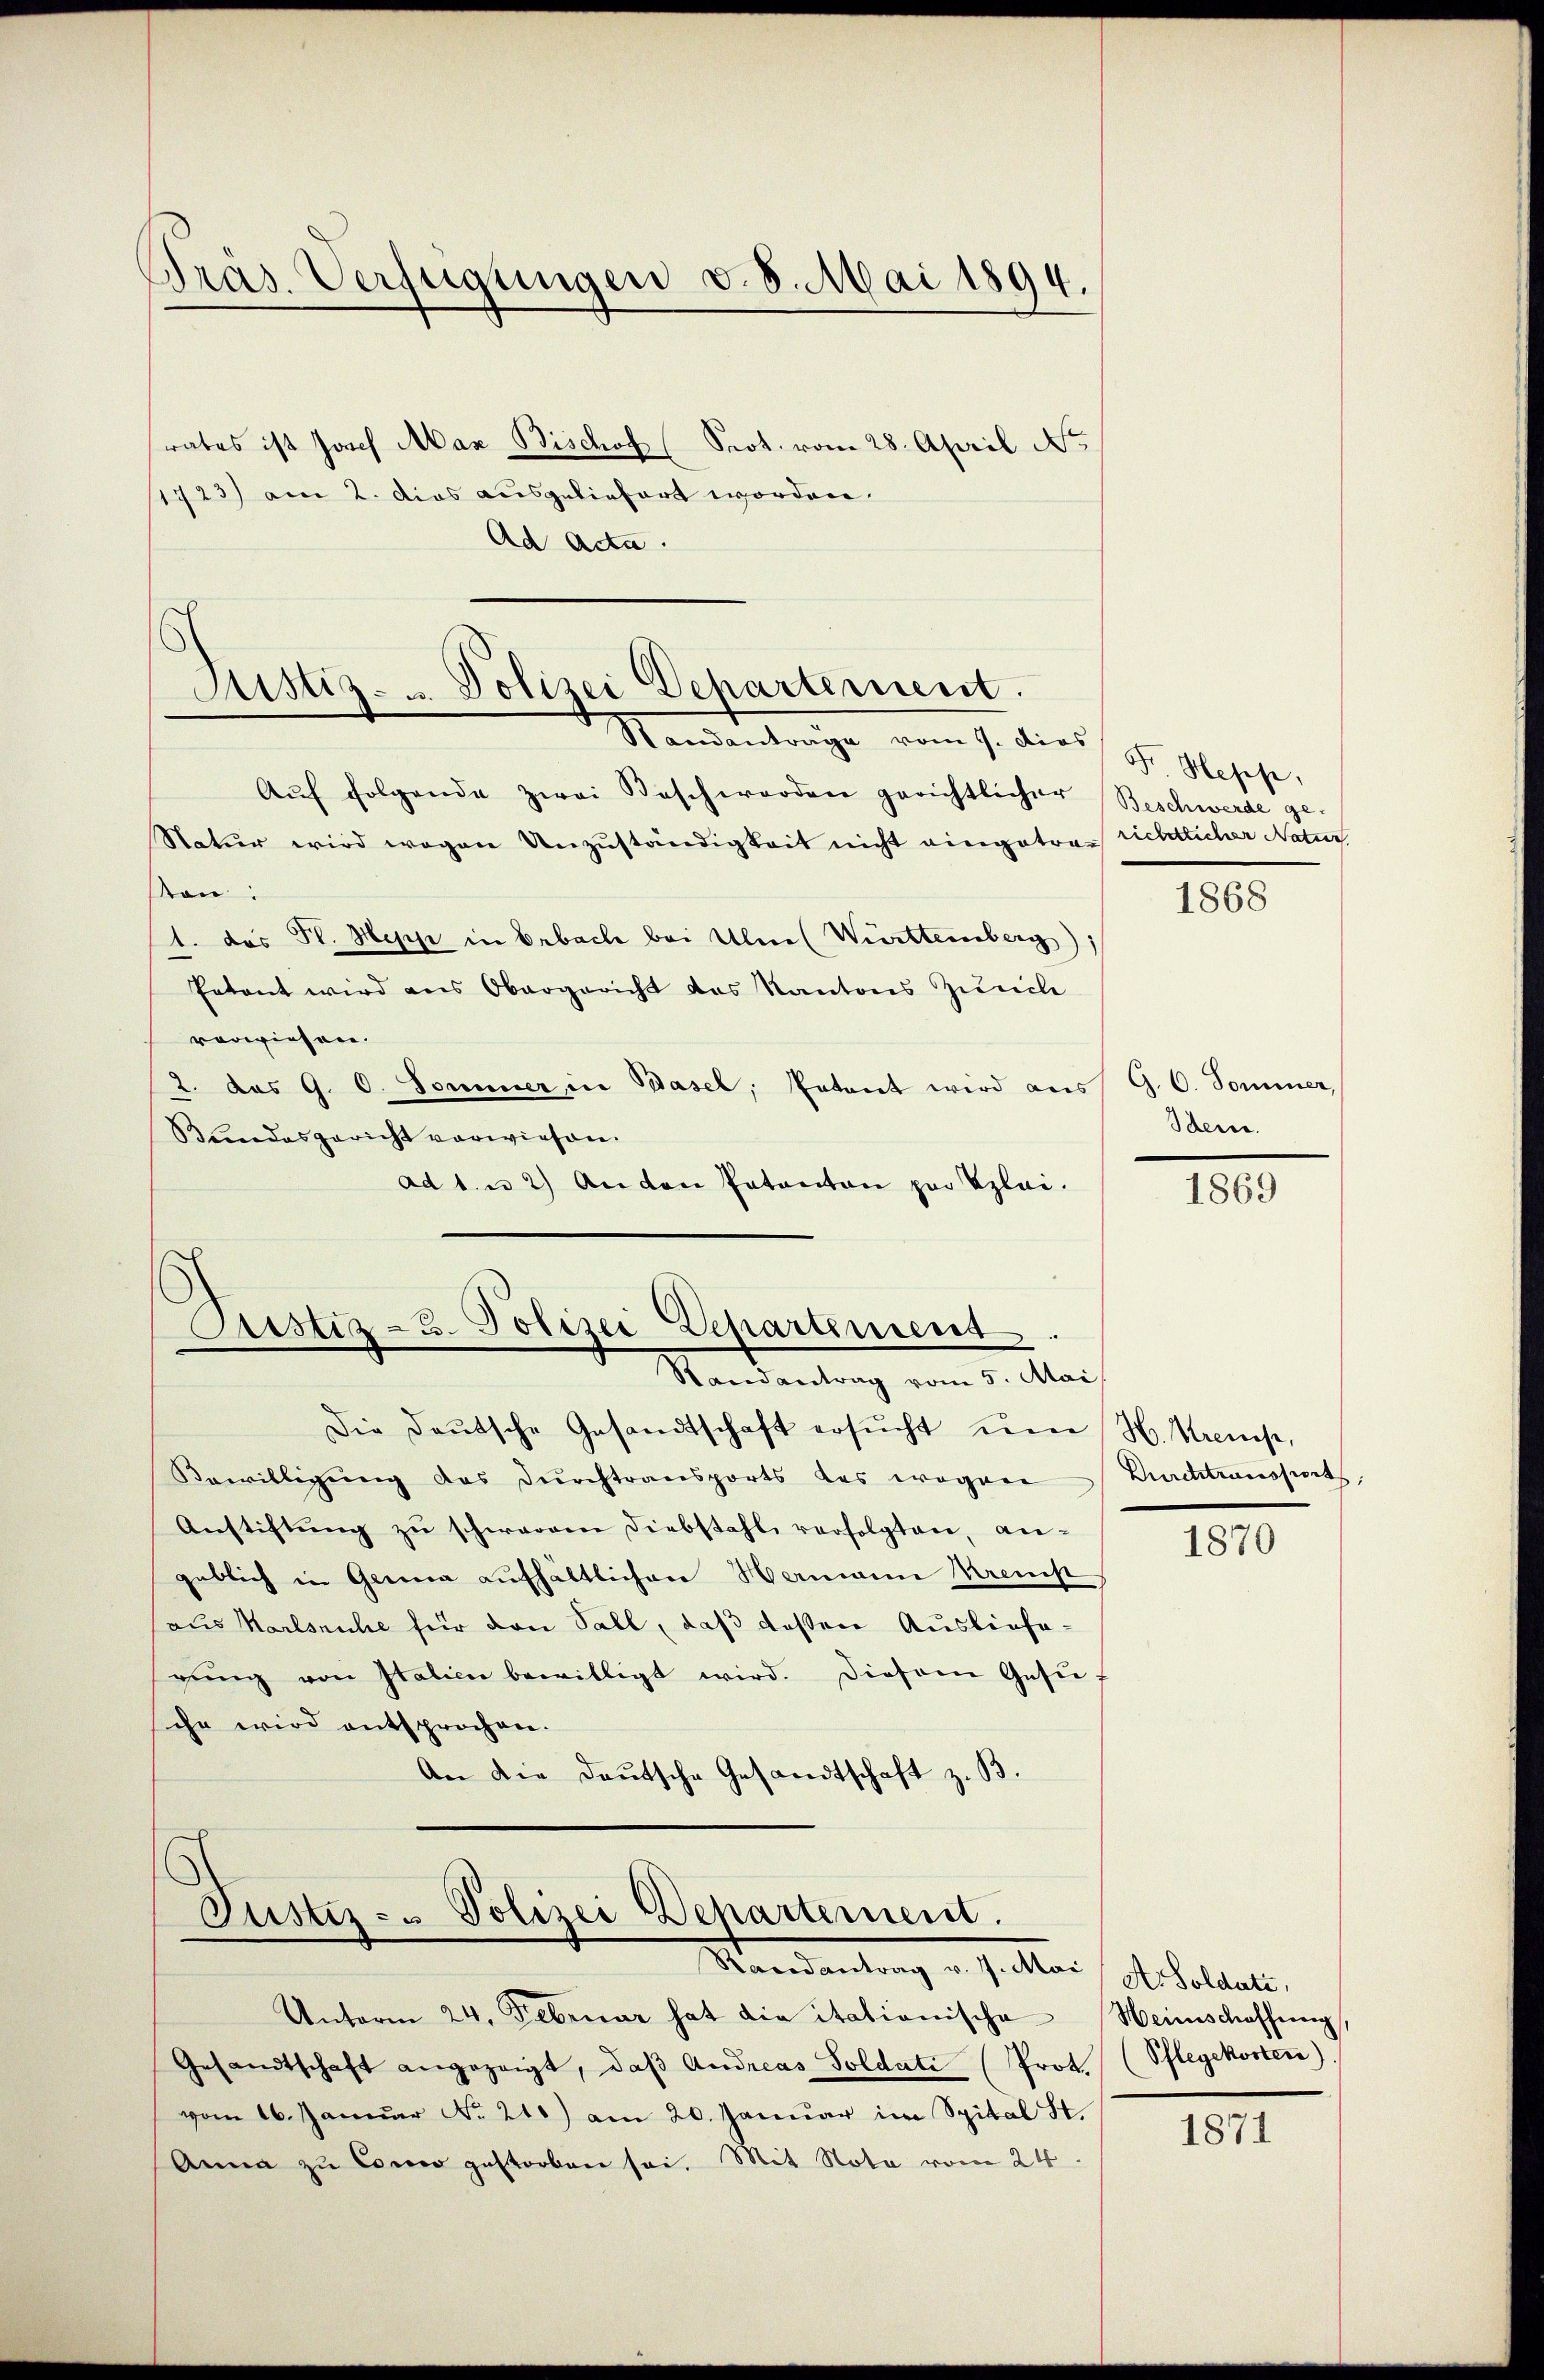
Gras. Verfügungen v. 8. Mai 1894.

rates ist Josef Max Bischof (Prot. vom 28. April No
1723) am 2. Dies ausgeliefert worden.
Ad Acta.

Justiz- u. Polizei Departement.
Kandentrage vom 7. dies, z. Gesche,

Justiz-3. Polizei Departement.
Randantrag vom 5. Mai

Aŭf folgende zwei Beschwerden gerichtlicher Beschwerde ge-
Natur wird wegen Unzuständigkeit nicht eingetrag richtlicher Natur
on
1. das St. Sepp in Erbach bei Ulm (Württemberg)
Patent wird aus Obergericht des Kantons Zürich
vorwiesen.
2. das G. O. Sommer in Basel, Entant wird aus
Bundesgericht verwiesen.
ad 1. u 2) Anden Patanton zur Erlei.

Die Daŭtsche Gesandtschaft ersŭcht ŭm H. Kremst,
Bewilligŭng das Durchtransports das wegen Durchtransports,
Anstiftŭng zŭ schweren Diebstahl verfolgten, angeblich in Gerina aufhältlichen Hermann Kremst
aus Karlsruhe für den Sall, daß deßen Ausliefegŭng von Italien bewilligt wird. Diesem Gesusche wird entsprochen.
An die Deutsche Gesandtschaft z. B.

Justiz- & Polizei Departement.
Mandantung v. J. tter / des Collet,

Unterm 24. Februar hat die itationische
Gesandtschaft angezeigt, daβ Andreas Soldate (Prot. (Pflegekosten)
vom 16. Januar No. 210) am 20. Januar im Spital St.
Anna zu Comer gestorben sei. Mit Nota vom 24.

1868

G. C. Sommer,
Idem.

1869

1870

Heinschaffnung

1871